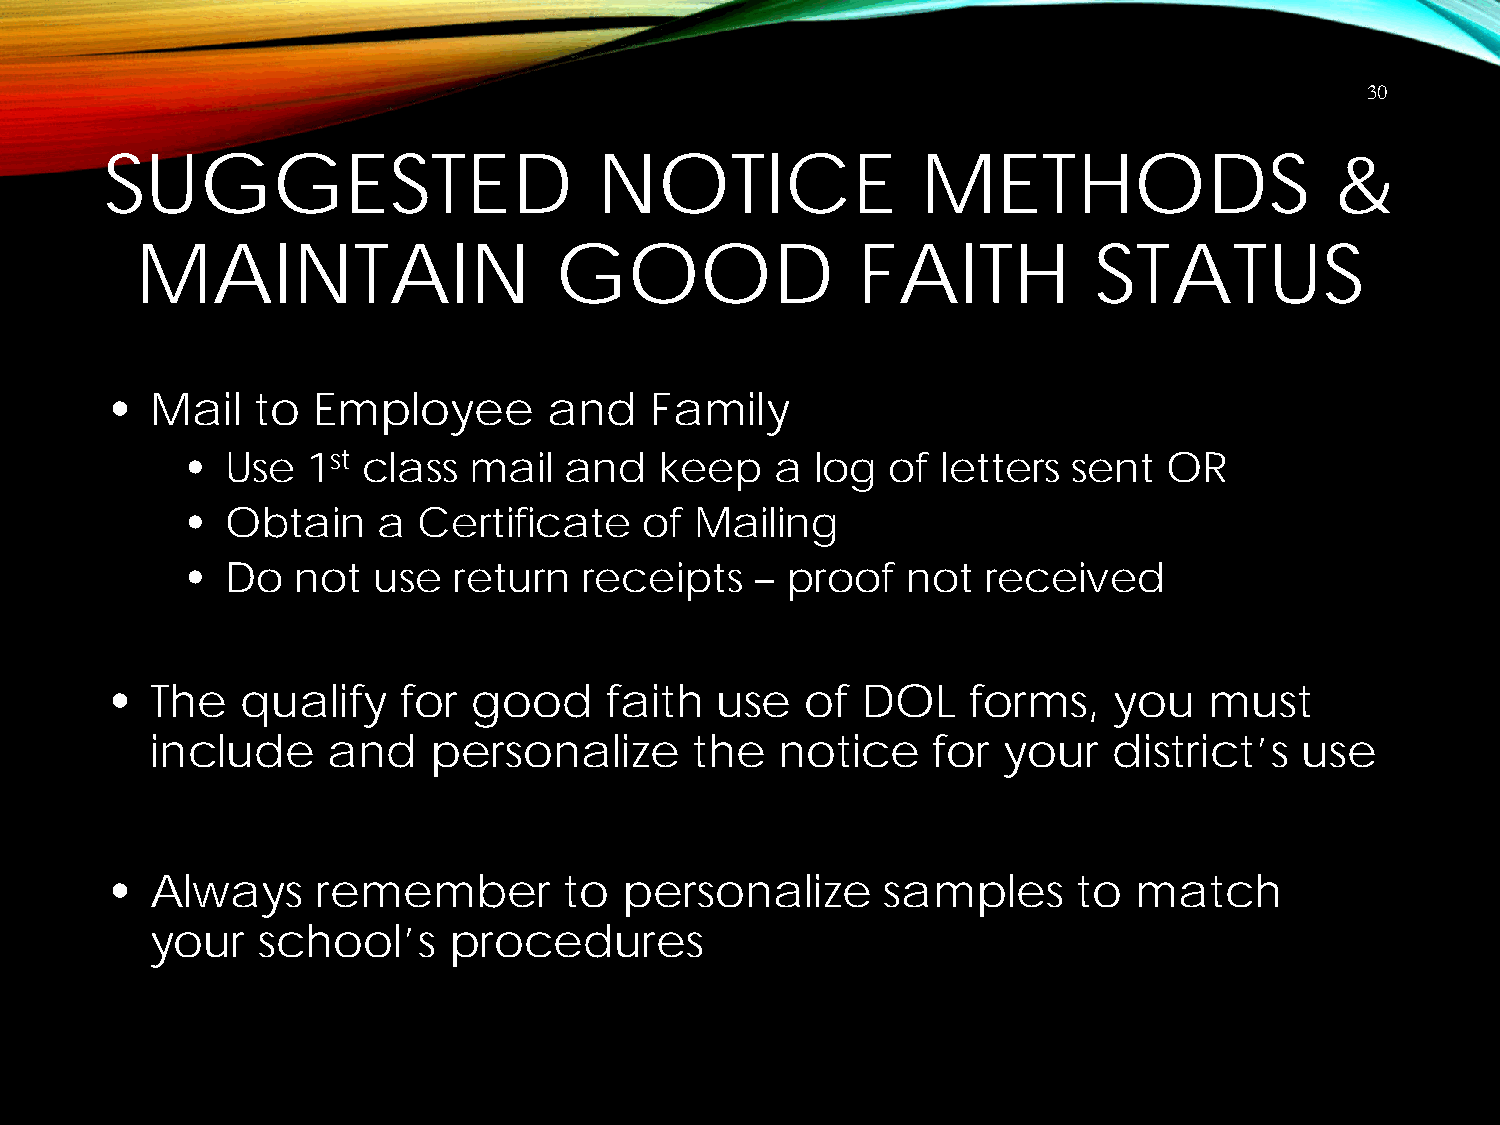
30
 SUGGESTED                       NOTICE                METHODS                    &
 MAINTAIN                    GOOD                FAITH          STATUS
 •  Mail   to  Employee       and    Family
 •  Use  1st class  mail  and    keep   a  log  of letters  sent  OR
 •  Obtain    a  Certificate    of Mailing
 •  Do   not  use  return   receipts   – proof   not  received
 •  The   qualify   for  good     faith  use   of  DOL    forms,    you   must
 include     and    personalize      the   notice    for your    district’s  use
 •  Always     remember        to  personalize       samples     to  match
 your   school’s     procedures